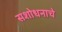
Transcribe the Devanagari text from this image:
सशोधनाचे